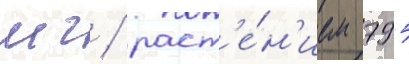
мг / раст'е́н'ием 795